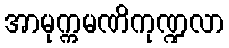
အာမုက္ကမဏိကုဏ္ဍလာ